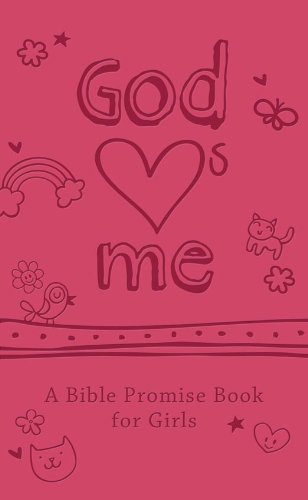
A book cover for God Hearts Me: A Bible Promise Book for Girls; Compiled by Barbour Staff; Children's Books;